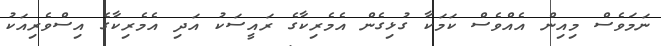
ނަމަވެސް މިއިން އެއްވެސް ކަމަކާ ގުޅިގެން އެމެރިކާގެ ރައީސަކު އަދި އެމެރިކާގެ އިސްވެރިއަކު